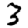
Digit: 3